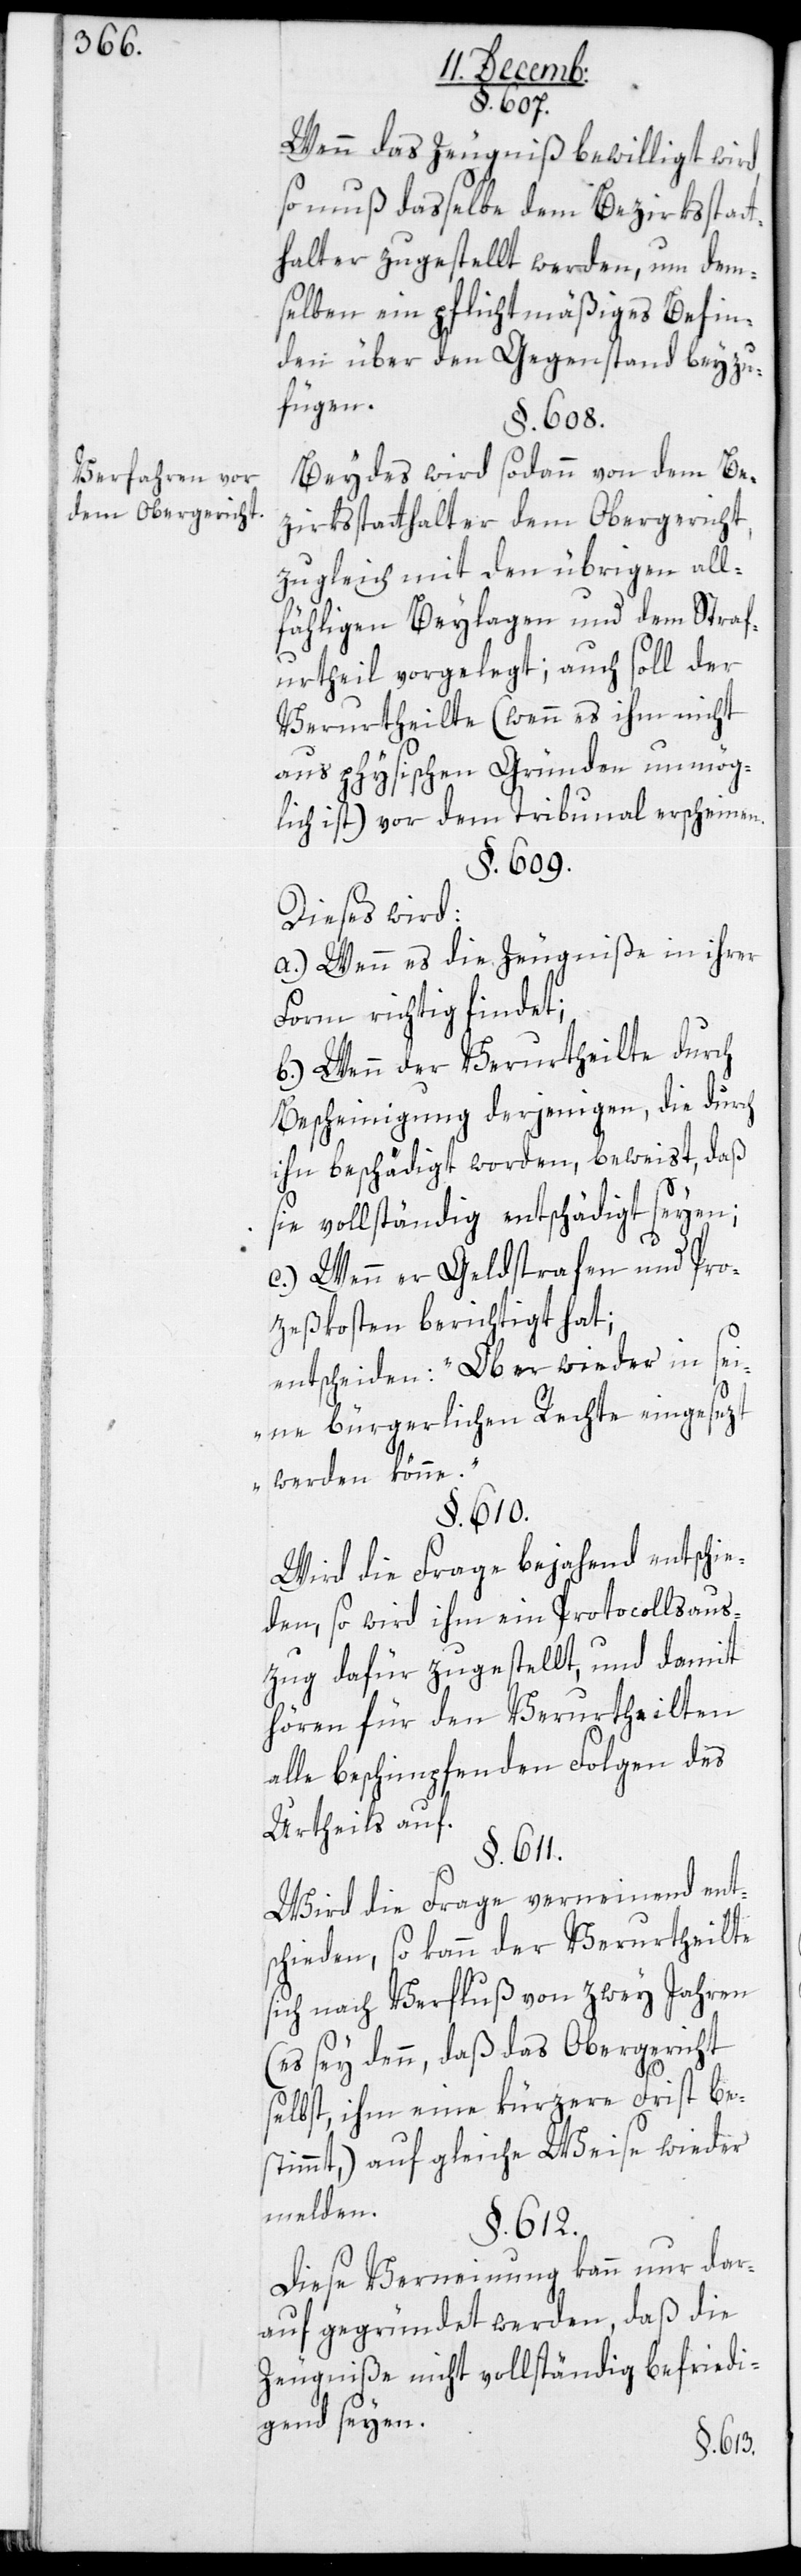
Verfahren vor
dem Obergerichte.

§. 607.
Wenn das Zeugniß bewilligt wird,
so muß dasselbe dem Bezirksstat¬
thalter zugestellt werden, um dem¬
selben ein pflichtmäßiges Befin¬
den über den Gegenstand beizu¬
fügen.
§. 608.
Beides wird sodann von dem Be¬
zirksstatthalter dem Obergericht,
zugleich mit den übrigen all¬
fähligen Beylagen und dem Straf¬
urtheil vorgelegt; auch soll der
Verurtheilte (wenn es ihm nicht
aus physischen Gründen unmög¬
lich ist) vor dem Tribunal erscheinen.
§. 609.
Dieses wird:
a.) Wenn es die Zeugniße in ihrer
Form richtig findet;
b.) Wenn der Verurtheilte durch
Bescheinigung derjenigen, die durch
ihn beschädigt worden, beweist, daß
sie vollständig entschädigt seyen;
c.) Wenn er Geldstrafen und Pro¬
zeßkosten berichtigt hat;
entscheiden: „Ob er wieder in sei¬
ne bürgerlichen Rechte eingesezt
werden könne“.
§. 610.
Wird die Frage bejahend entschie¬
den, so wird ihm ein Protocollsaus¬
zug dafür zugestellt, und damit
hören für den Verurtheilten
alle beschimpfenden Folgen des
Urtheils auf.
§. 611.
Wird die Frage verneinend ent¬
schieden, so kann der Verurtheilte
sich nach Verfluß von zwey Jahren
(es sey denn, daß das Obergericht
selbst, ihm eine kürzere Frist bes¬
timmt), auf gleiche Weise wieder
melden.
§. 612.
Diese Verneinung kann nur dar¬
auf gegründet werden, daß die
Zeugniße nicht vollständig befriedi¬
gend seyen.